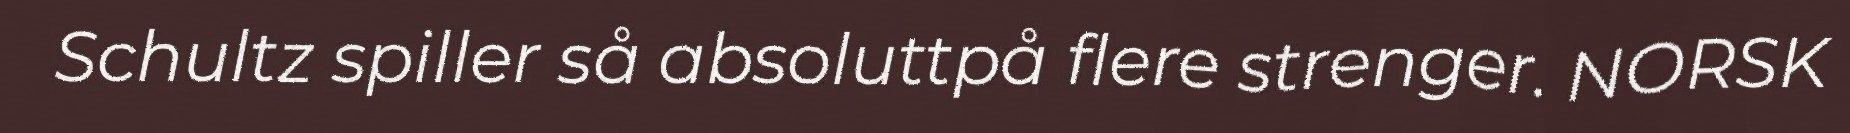
Schultz spiller så absoluttpå flere strenger. NORSK